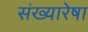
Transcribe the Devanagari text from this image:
संख्यारेषा